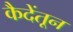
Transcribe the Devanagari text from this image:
कैदेंतून